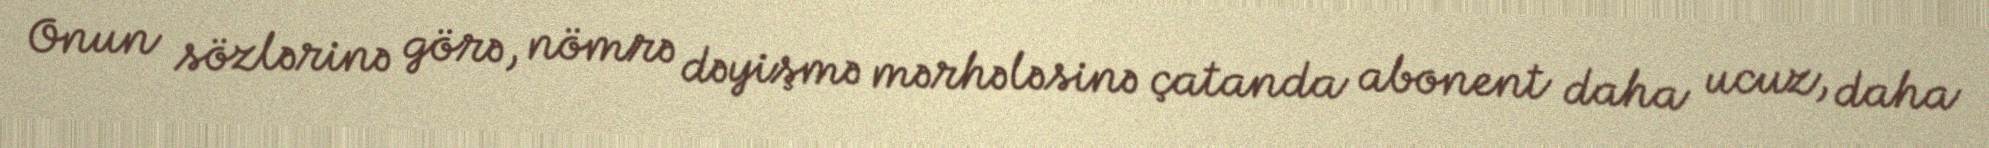
Onun sözlərinə görə, nömrə dəyişmə mərhələsinə çatanda abonent daha ucuz, daha